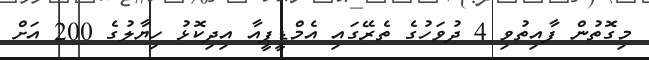
މިގޮތުން ފާއިިތުވި 4 ދުވަހުގެ ތެރޭގައި އެމްޑީޕީއާ އިދިކޮޅު ހިޔާލުގެ 200 އަށް